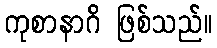
ကုစာနာဂိ ဖြစ်သည်။